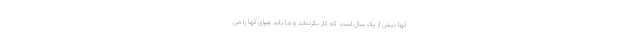
آنها بیش از یک سال است که کار نکرده‌اند و ما باید هوای آنها را می